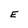
Character: E